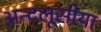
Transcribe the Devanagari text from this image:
अन्दलूसीया